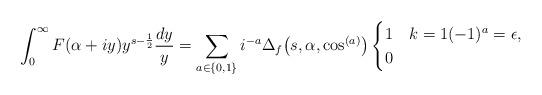
LaTeX: \begin{align*}\int_0^\infty F(\alpha+iy)y^{s-\frac 12}\frac{dy}{y}=\sum_{a\in\{0,1\}}i^{-a}\Delta_f\bigl(s,\alpha,\cos^{(a)}\bigr)\begin{cases}1&k=1(-1)^a=\epsilon,\\0&\end{cases}\end{align*}